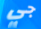
جي